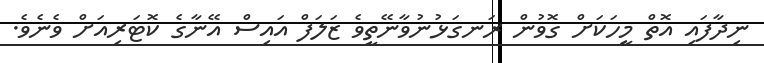
ނިދާފައި އޮތް މީހަކަށް ގޮވުން ރަނގަޅުނުވާނޭތީވެ ޒަލަފް އައިސް އޭނާގެ ކޮޓަރިއަށް ވެނެވެ.